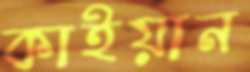
কাইয়ান